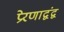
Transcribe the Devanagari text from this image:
प्रेरणाद्वंद्व